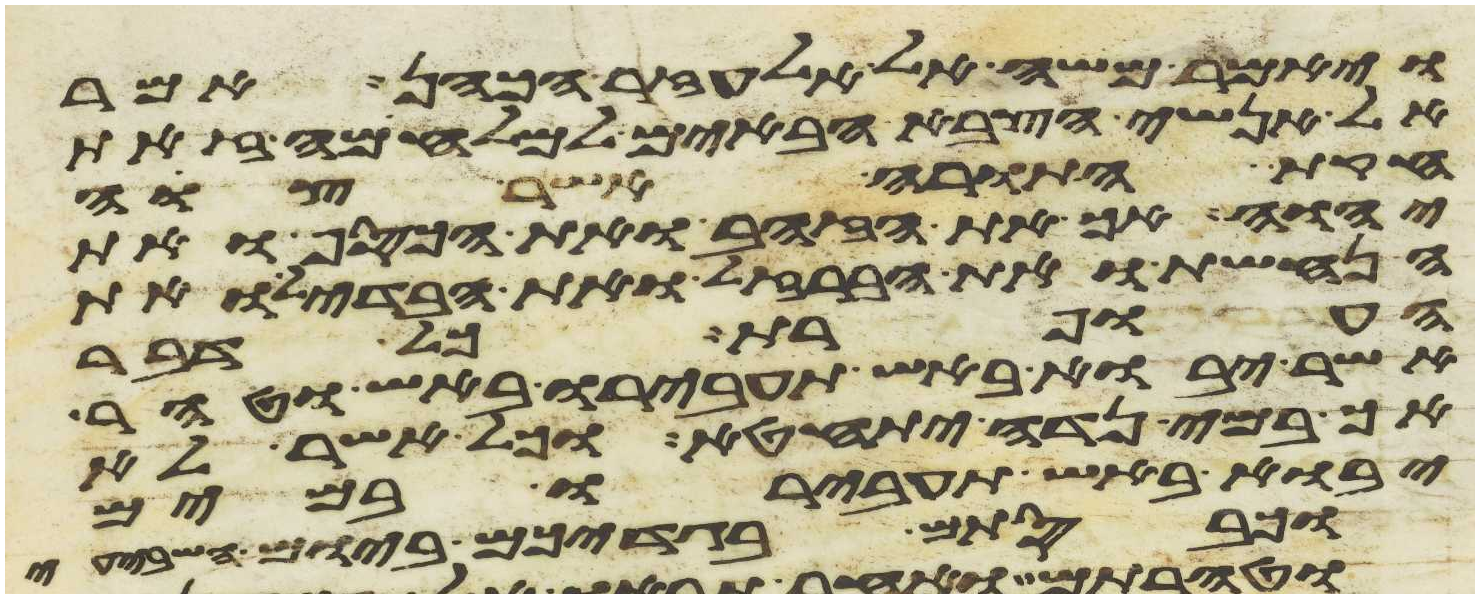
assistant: ויאמר משה אל אלעזר הכהן אמר
אל אנשי הצבא הבאים למלחמה זאת
חקת התורה אשר צוה
יהוה אך את הזהב ואת הכסף ואת
הנחשת ואת הברזל ואת הבדיל ואת
העופרת כל דבר
אשר יבוא באש תעבירו באש וטהר
אך במי נדה יתחטא וכל אשר לא
יבוא באש תעבירו במים
וכבסתם בגדיכם ביום השביעי